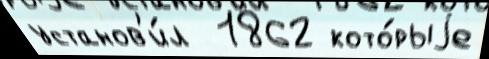
установ'и́л  1862 кото́рыjе